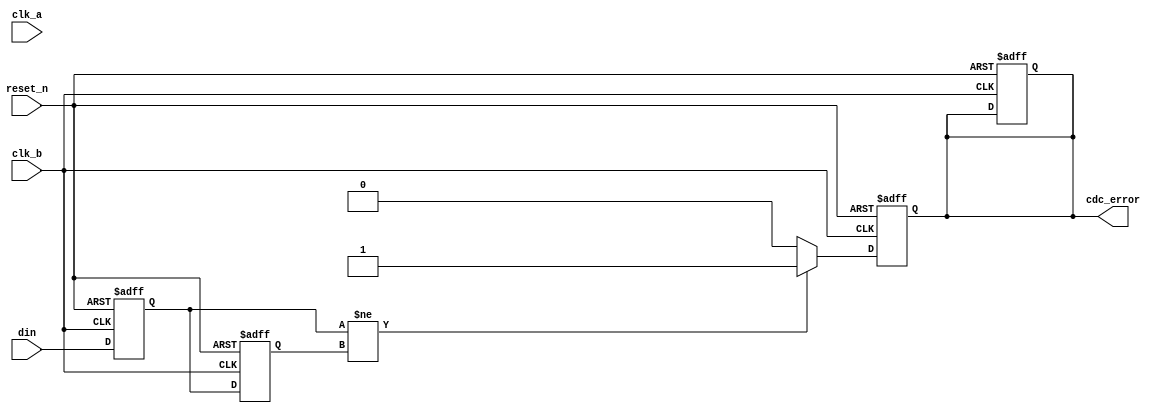
module cdc_detector #(
    parameter WIDTH = 1 // Width of the input signal
)(
    input wire clk_a,           // Clock domain A
    input wire clk_b,           // Clock domain B
    input wire reset_n,         // Asynchronous reset (active low)
    input wire [WIDTH-1:0] din, // Input signal from clock domain A
    output reg cdc_error        // CDC error flag
);

    // Internal signals for synchronization
    reg [WIDTH-1:0] sync_ff1; // First stage of synchronization
    reg [WIDTH-1:0] sync_ff2; // Second stage of synchronization

    // Synchronization process in clock domain B
    always @(posedge clk_b or negedge reset_n) begin
        if (!reset_n) begin
            sync_ff1 <= 0;
            sync_ff2 <= 0;
            cdc_error <= 0;
        end else begin
            sync_ff1 <= din; // Sample input signal from clk_a
            sync_ff2 <= sync_ff1; // Second stage of synchronization
        end
    end

    // Error detection logic
    always @(posedge clk_b or negedge reset_n) begin
        if (!reset_n) begin
            cdc_error <= 0;
        end else begin
            // Check for discrepancies in the synchronized signal
            if (sync_ff1 != sync_ff2) begin
                cdc_error <= 1; // Set error flag if a change is detected
            end else begin
                cdc_error <= 0; // Clear error flag if no change
            end
        end
    end

endmodule